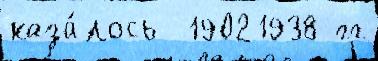
каза́лось  19021938 гг